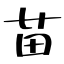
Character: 苗